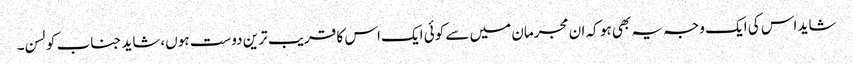
شاید اس کی ایک وجہ یہ بھی ہو کہ ان مجرمان میں سے کوئی ایک اس کا قریب ترین دوست ہوں،شاید جناب کولسن۔